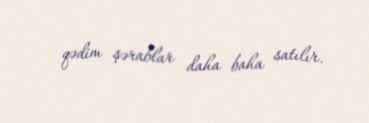
qədim şərablar daha baha satılır.